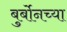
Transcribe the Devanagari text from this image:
बुर्बोनच्या